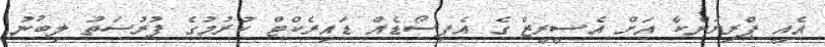
އެއީ ޕްރިޔަންކާ އަށް އެސީރީޒް ގެ އެޕިސޯޑެއް ޑައިރެކްޓް ކުރުމުގެ ފުރުސަތު ލިބުނު